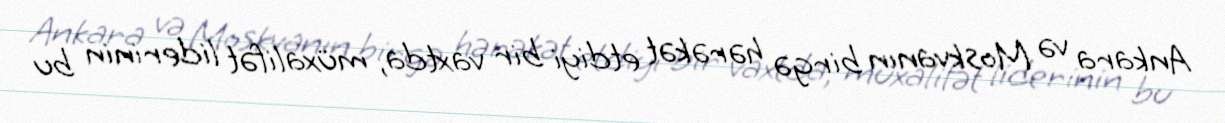
Ankara və Moskvanın birgə hərəkət etdiyi bir vaxtda, müxalifət liderinin bu